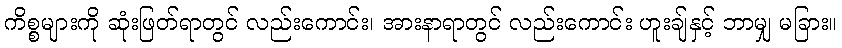
ကိစ္စများကို ဆုံးဖြတ်ရာတွင် လည်းကောင်း၊ အားနာရာတွင် လည်းကောင်း ဟူးချ်နှင့် ဘာမျှ မခြား။